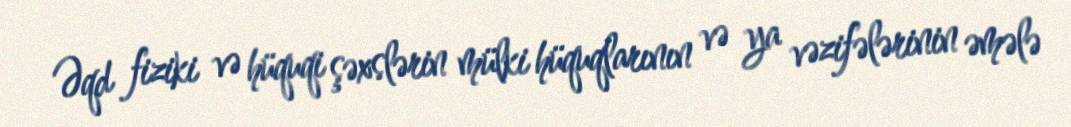
Əqd fiziki və hüquqi şəxslərin mülki hüquqlarının və ya vəzifələrinin əmələ